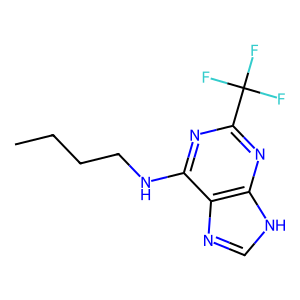
SMILES: CCCCNc1nc(C(F)(F)F)nc2[nH]cnc12
Inhibits HIV replication: No